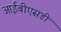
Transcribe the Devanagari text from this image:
आईबीएसडी